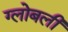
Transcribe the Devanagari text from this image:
ग्लोबली